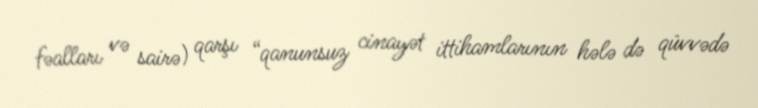
fəalları və sairə) qarşı “qanunsuz cinayət ittihamlarının hələ də qüvvədə